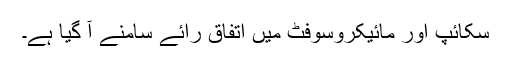
سکائپ اور مائیکروسوفٹ میں اتفاق رائے سامنے آ گیا ہے۔